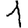
Digit: 1